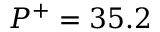
P ^ { + } = 3 5 . 2